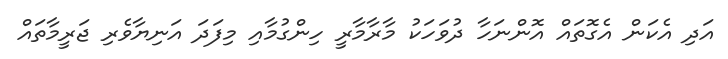
އަދި އެކަން އެގޮތައް އޮންނަހާ ދުވަހަކު މާރާމާރީ ހިންގުމާއި މިފަދަ އަނިޔާވެރި ޖަރީމާތައް